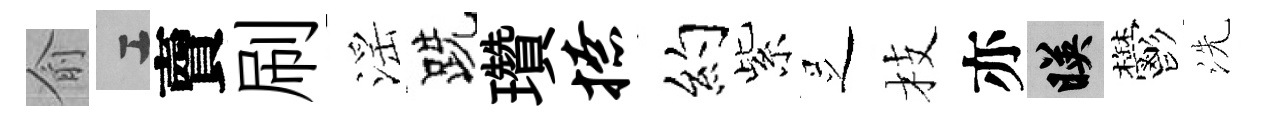
俞工𧶠刷滛跣瓚撩约紫𠯁枝亦映鬱洗